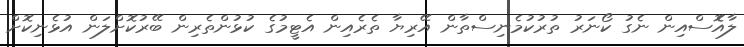
ލާއެޮސްއިން ނެގު ކޯނަރު ތުރުކުމެނިސްތާން އޭރިޔާ ތެރެއިން އެޓީމުގެ ކުޅުންތެރިން ބޭރުކޮށްލަން އުޅެނިކޮށް